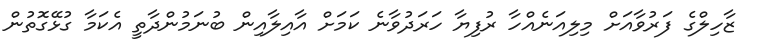
ޒާހިލްގެ ފަރުވާާއަށް މިލިއަނެއްހާ ރުފިޔާ ހަރަދުވާނެ ކަމަށް އާއިލާއިން ބުނަމުންދާތީ އެކަމާ ގުޅޭގޮތުން